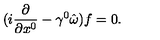
( i \frac { \partial } { \partial x ^ { 0 } } - \gamma ^ { 0 } \hat { \omega } ) f = 0 .